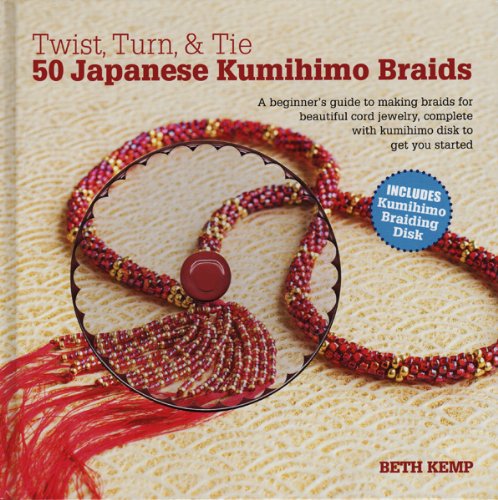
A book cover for Twist, Turn & Tie 50 Japanese Kumihimo Braids: A Beginner's Guide to Making Braids for Beautiful Cord Jewelry; Beth Kemp; Crafts, Hobbies & Home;